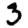
Digit: 3